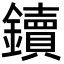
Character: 鑟